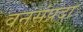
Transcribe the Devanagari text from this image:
वनसंप्रदा